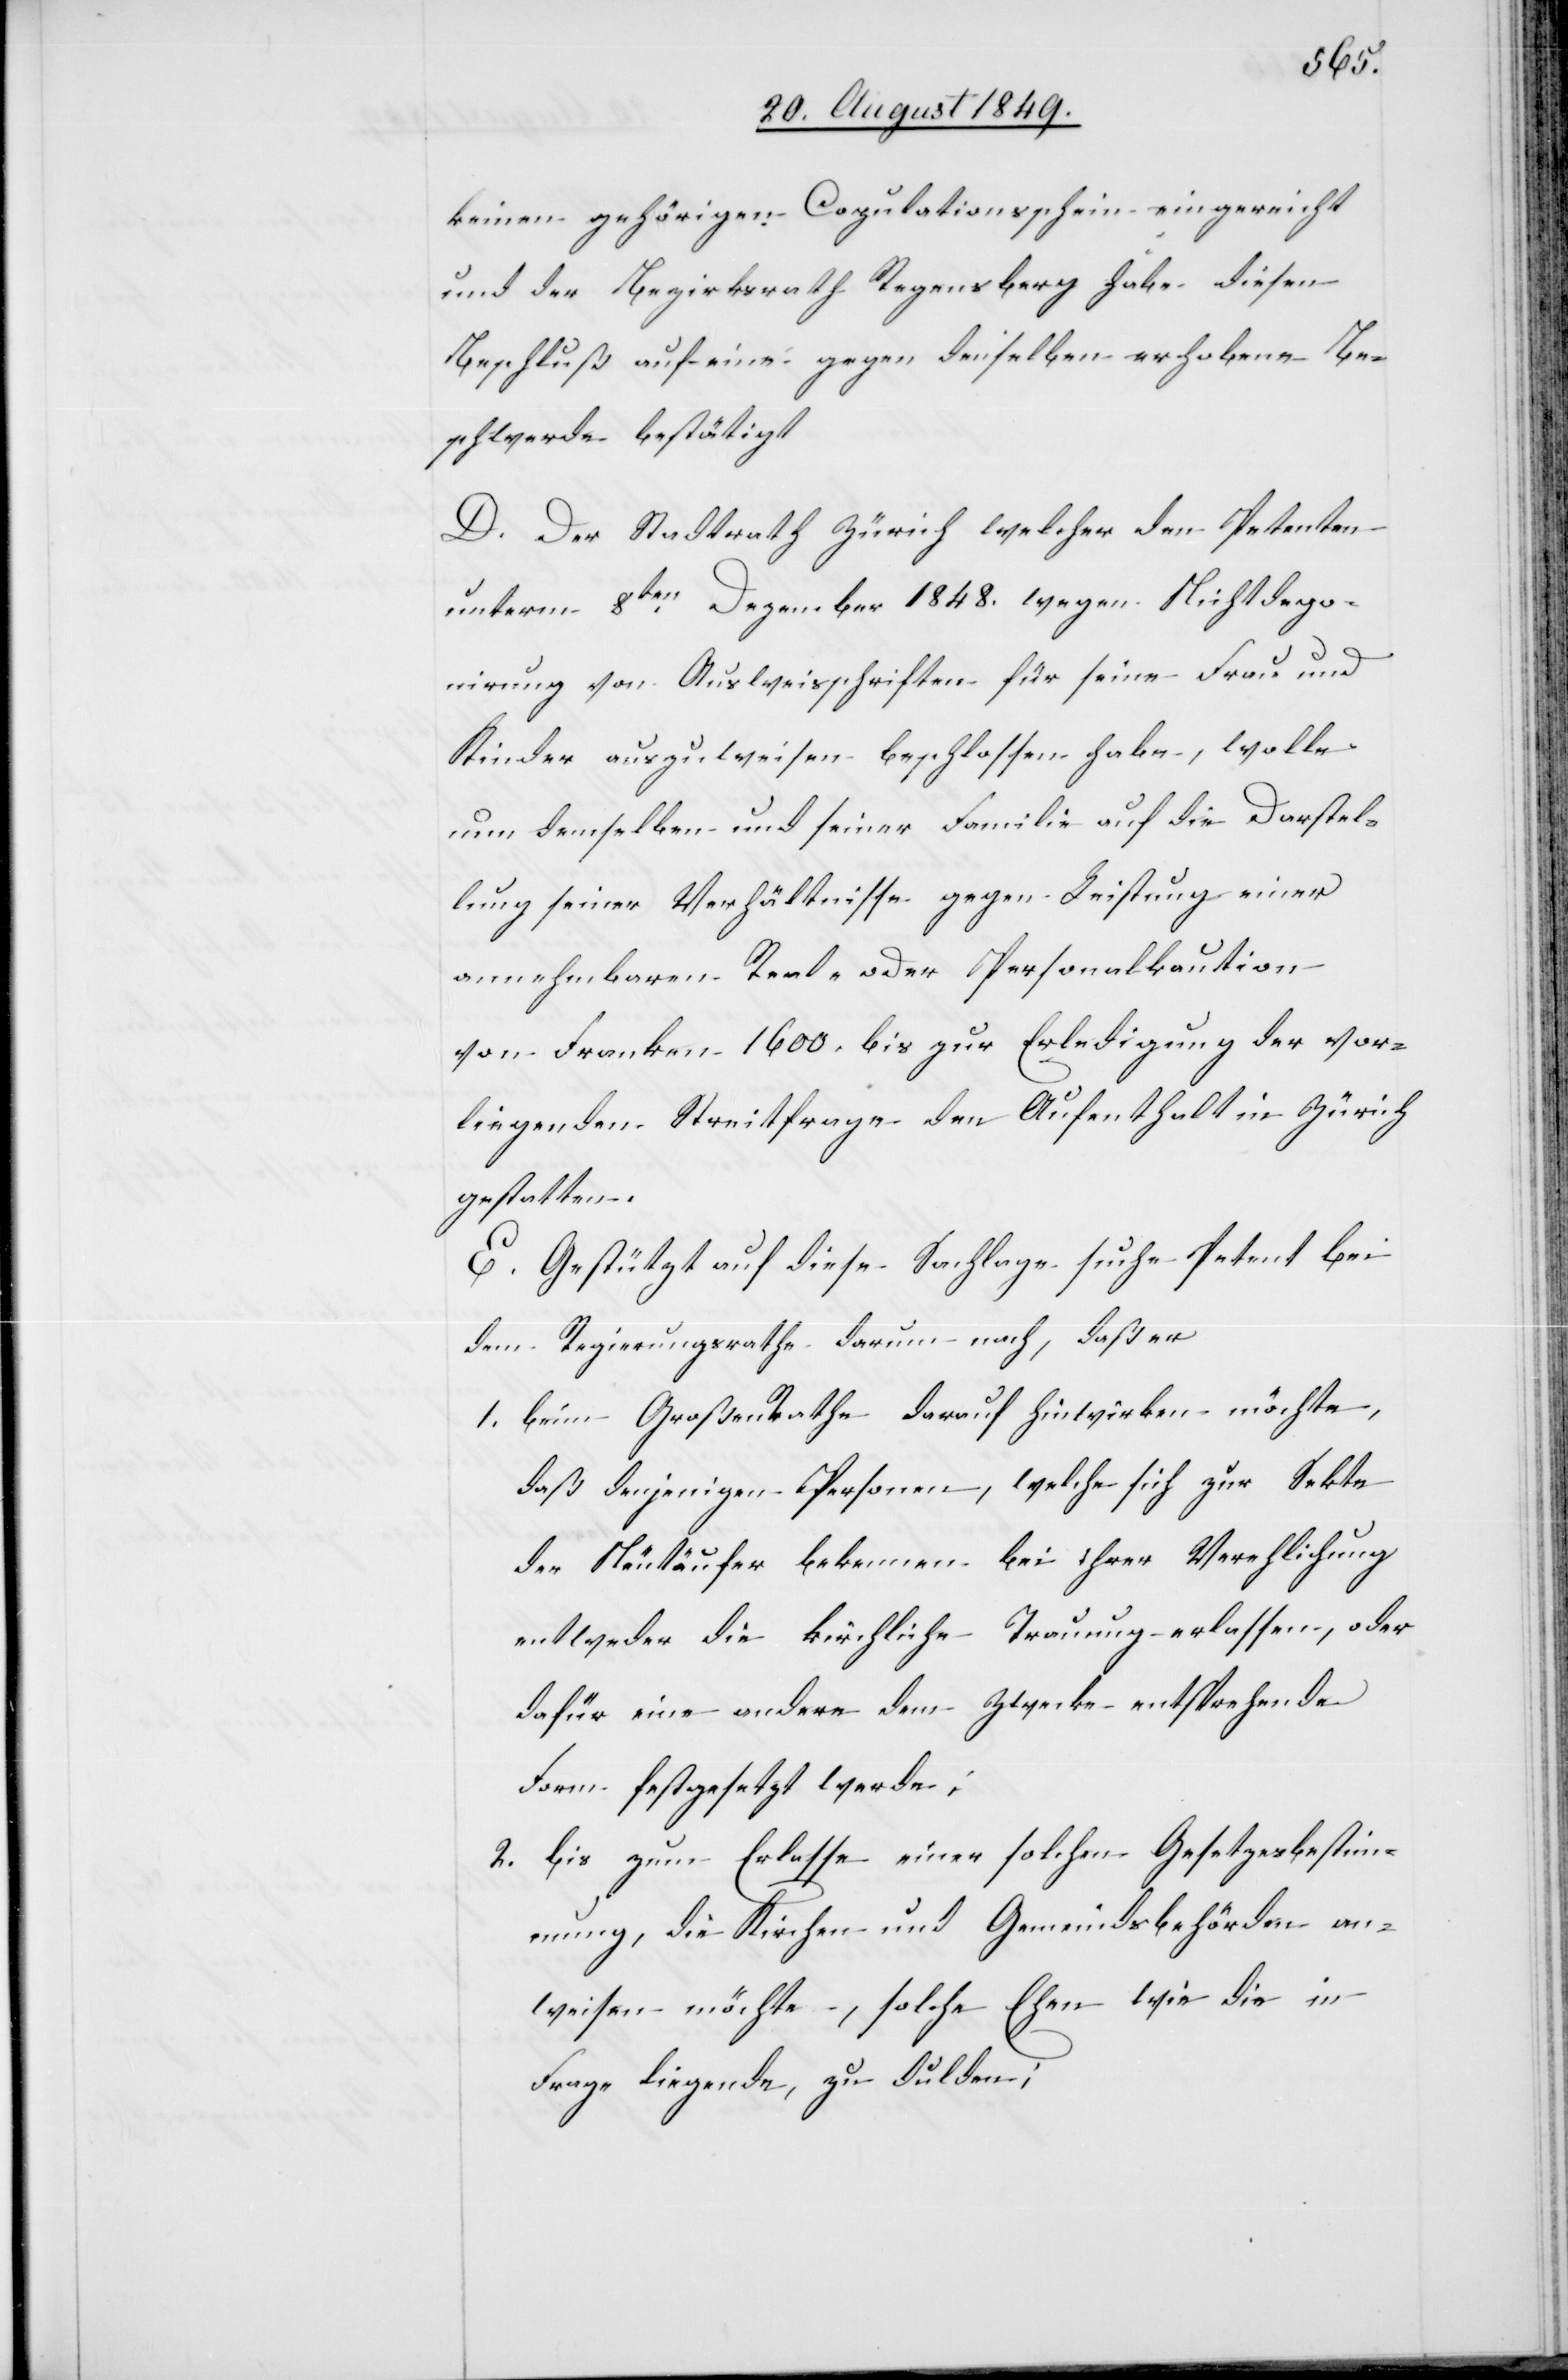
keinen gehörigen Copulationsschein eingereicht
und der Bezirksrath Regensberg habe, diesen
Beschluß auf eine gegen denselben erhobenen Be¬
schwerde bestätigt
D. Der Stadtrath Zürich welcher den Petenten
unterm 8ten Dezember 1848. wegen Nichtdepo¬
nirung von Ausweisschriften für seine Frau und
Kinder auszuweisen beschlossen habe, wolle
nun demselben und seiner Familie auf die Darstel¬
lung seiner Verhältnisse gegen Leistung einer
annehmbaren Real- oder Personalkaution
von Franken 1600. bis zur Erledigung der vor¬
liegenden Streitfrage den Aufenthalt in Zürich
gestatten.
E. Gestützt auf diese Sachlage suche Petent bei
dem Regierungsrathe darum nach, daß er
1. beim Großen Rathe darauf hinwirken möchte,
daß denjenigen Personen, welche sich zur Sekte
der Neutäufer bekennen bei ihrer Verehlichung
entweder die kirchliche Trauung erlassen, oder
dafür eine andere dem Zwecke entsprechende
Form festgesetzt werde;
2. bis zum Erlasse einer solchen Gesetzesbestimm¬
ung, die Kirchen und Gemeindsbehörden an¬
weisen möchte, solche Ehen wie die in
Frage liegende, zu dulden;